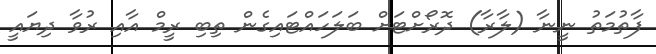
ފާތުމަތު ނީނާ (ލާރާ) ދޮރޯށްޓަށް ބަލަހައްޓައިގެން ތިބި ރީމް އާއި ރުވާ ދިޔައީ